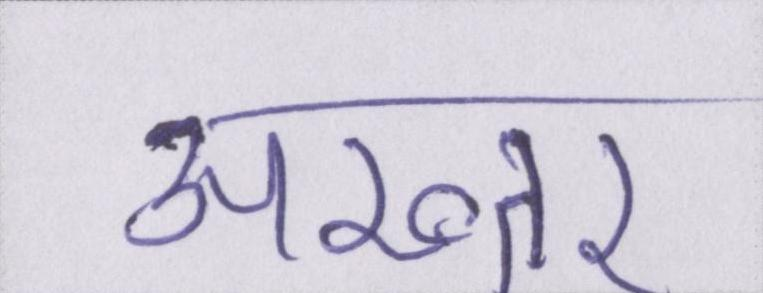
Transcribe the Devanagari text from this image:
अख्तर